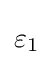
{{{\text{ }}\!\!\varepsilon \!\!{\text{ }}}_{1}}